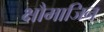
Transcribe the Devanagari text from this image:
क्षौमाजिन